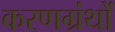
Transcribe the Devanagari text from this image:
करणग्रंथों